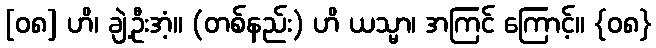
[၀၈] ဟိ၊ ချဲ့ဦးအံ့။ (တစ်နည်း) ဟိ ယသ္မာ၊ အကြင် ကြောင့်။ {၀၈}